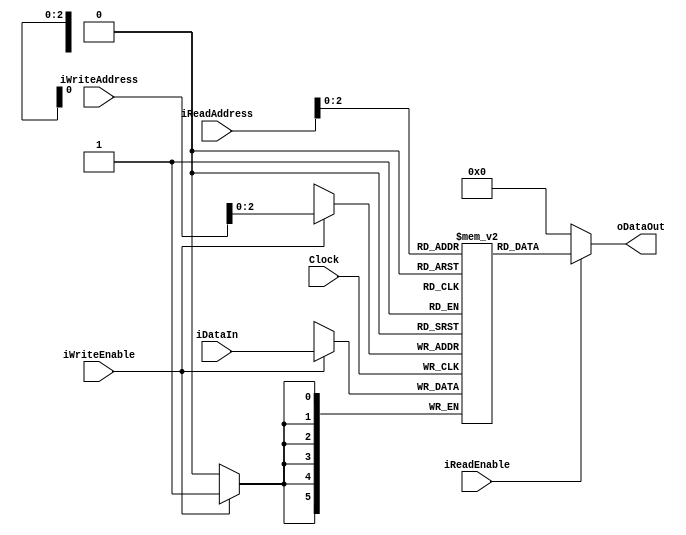

module dual_port_memory # ( parameter DATA_WIDTH= 6, parameter ADDR_WIDTH=8, parameter MEM_SIZE=7 )
(
	input wire						Clock,
	input wire						iWriteEnable,
	input wire						iReadEnable,
	input wire [ADDR_WIDTH-1:0]	iReadAddress,
	input wire [ADDR_WIDTH-1:0]	iWriteAddress,
	input wire [DATA_WIDTH-1:0]		 	iDataIn,
	output reg [DATA_WIDTH-1:0] 		oDataOut);

reg [DATA_WIDTH-1:0] Ram [MEM_SIZE:0];

always @(posedge Clock)
begin

		if (iWriteEnable) begin
			Ram[iWriteAddress] <= iDataIn;
			end
end

always @(*) begin
	if(iReadEnable) begin
	oDataOut = Ram[iReadAddress];
	end
	else begin
	oDataOut = 0;
	end
end

endmodule